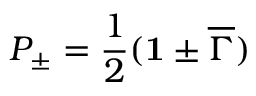
P _ { \pm } = \frac { 1 } { 2 } ( { \bf 1 } \pm { \overline { { \Gamma } } } )